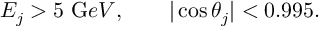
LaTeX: E _ { j } > 5 ~ { \mathrm G e V } , \qquad | \cos \theta _ { j } | < 0 . 9 9 5 .